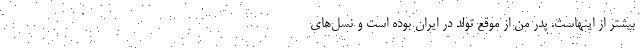
بیشتر از اینهاست. پدر من از موقع تولد در ایران بوده است و نسل‌های